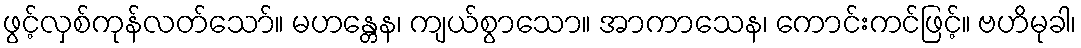
ဖွင့်လှစ်ကုန်လတ်သော်။ မဟန္တေန၊ ကျယ်စွာသော။ အာကာသေန၊ ကောင်းကင်ဖြင့်။ ဗဟိမုခါ၊